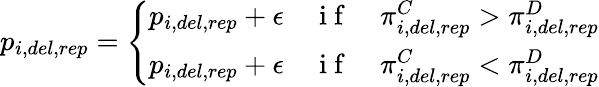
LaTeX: p_{i,del,rep}=\left\{ \begin{array}{ll}{p_{i,del,rep}+\epsilon}&{\mathrm{~i~f~}\quad\pi_{i,del,rep}^{C}>\pi_{i,del,rep}^{D}}\\ {p_{i,del,rep}+\epsilon}&{\mathrm{~i~f~}\quad\pi_{i,del,rep}^{C}<\pi_{i,del,rep}^{D}}\end{array}\right.